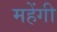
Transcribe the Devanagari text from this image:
महेंगी